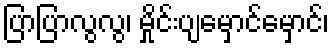
ပြာပြာလွလွ၊ မှိုင်းပျမှောင်မှောင်၊